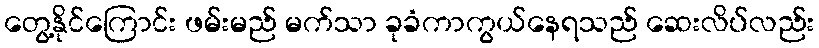
တွေ့နိုင်ကြောင်း ဖမ်းမည် မက်သာ ခုခံကာကွယ်နေရသည် ဆေးလိပ်လည်း